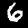
Label: 6